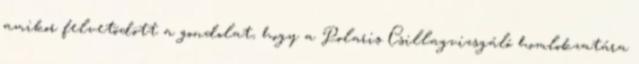
amikor felvetõdött a gondolat, hogy a Polaris Csillagvizsgáló homlokzatára